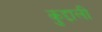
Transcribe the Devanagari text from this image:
कुद्दाली